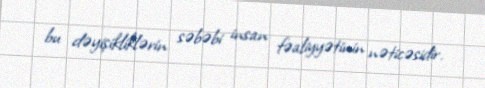
bu dəyişikliklərin səbəbi insan fəaliyyətinin nəticəsidir.